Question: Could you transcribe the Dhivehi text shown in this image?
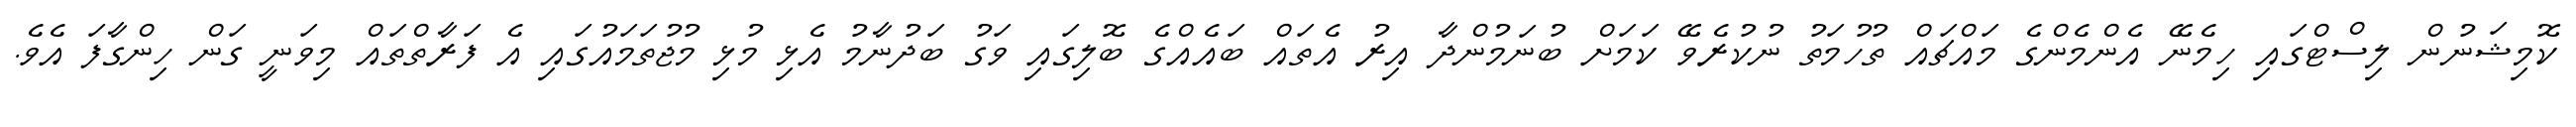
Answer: ކޮމިޝަނުން ލިސްޓްގައި ހިމެނޭ އެންމެންގެ މައްޗައް ތުހުމަތު ނުކުރެވޭ ކަމަށް ބުނަމުންދާ އިރު އެތައް ބައެއްގެ ބޮލިގައި ވަގު ބަދުނާމު އެޅި މުޅި މުޖުތަމައުގައި އެ ފަރާތްތައް މިވަނީ ގަން ހިންގާފަ އެވެ.